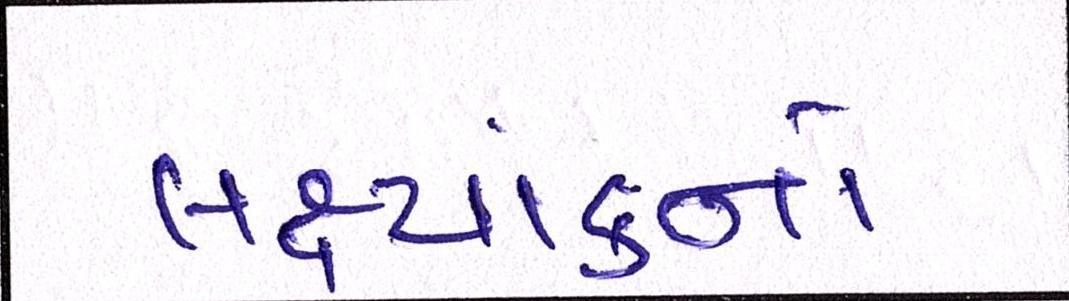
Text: લક્ષ્યાંકનો